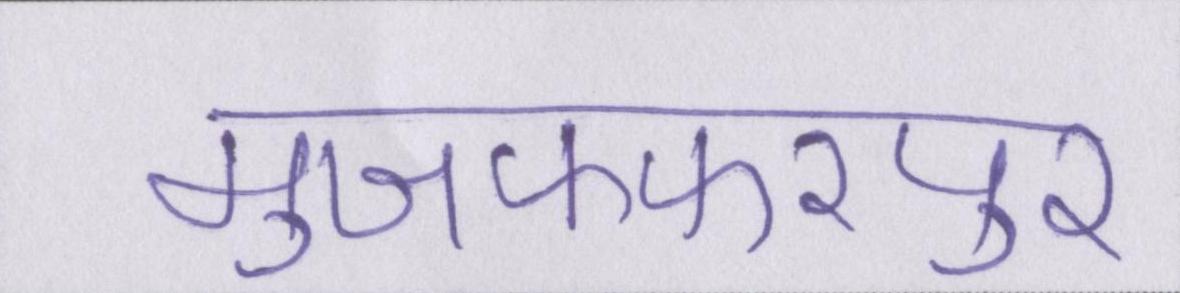
मुजफ्फरपुर